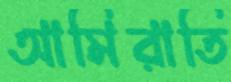
আমিরাতি